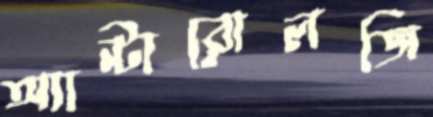
অ্যান্টারোলজি